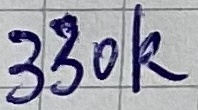
Text: 330k